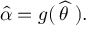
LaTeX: { \widehat { \alpha } } = g ( \, { \widehat { \theta \, } } \, ) .